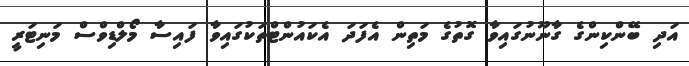
އަދި ބޭންކިންގެ ގާނޫނުގައިވާ ގޮތުގެ މަތިން އެފަދަ އެކައުންޓްތަކުގައިވާ ފައިސާ މޯލްޑިވްސް މަނިޓަރީ